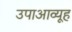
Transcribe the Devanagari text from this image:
उपाआव्यूह